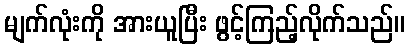
မျက်လုံးကို အားယူပြီး ဖွင့်ကြည့်လိုက်သည်။